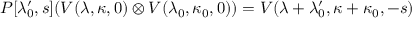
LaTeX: P [ \lambda _ { 0 } ^ { \prime } , s ] ( V ( \lambda , \kappa , 0 ) \otimes V ( \lambda _ { 0 } , \kappa _ { 0 } , 0 ) ) = { V } ( \lambda + \lambda _ { 0 } ^ { \prime } , \kappa + \kappa _ { 0 } , - s )